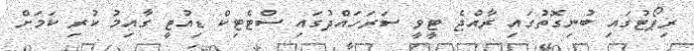
ރިޕޯޓުގައި ބުނިގޮތުގައި ރާއްޖެ ޓީވީ ސަރަހައްދުގައި ސްޓެޓިކް ޑިއުޓީ ގާއިމު ކުރި ކަމަށް